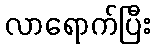
လာရောက်ပြီး